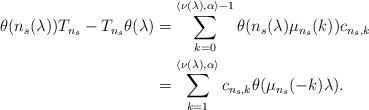
LaTeX: \begin{align*}\theta(n_s(\lambda))T_{n_s} - T_{n_s}\theta(\lambda)& = \sum_{k = 0}^{\langle \nu(\lambda),\alpha\rangle - 1}\theta(n_s(\lambda)\mu_{n_s}(k))c_{n_s,k}\\& = \sum_{k = 1}^{\langle \nu(\lambda),\alpha\rangle}c_{n_s,k}\theta(\mu_{n_s}(-k)\lambda).\end{align*}